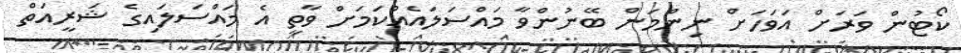
ކޯޓުން ވަރަށް އަވަހަށް ނިންމަން ބޭނުންވާ މައްސަލައެއްކަމަށް ވާތީ އެ މައްސަލައިގެ ޝަރީއަތް